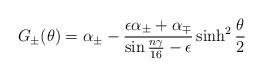
LaTeX: \begin{align*}G_{\pm}(\theta)=\alpha_{\pm}-\frac{\epsilon\alpha_{\pm}+\alpha_{\mp}}{\sin{n\gamma\over{16}}-\epsilon}\sinh^2\frac{\theta}{2}\end{align*}